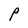
Character: P